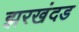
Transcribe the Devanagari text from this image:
झरखंदड